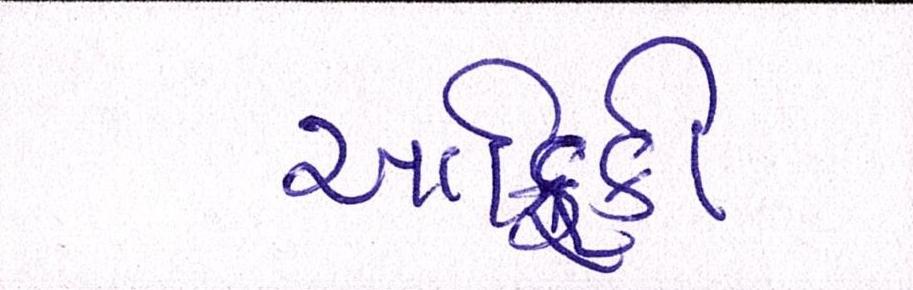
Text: આફ્રિકી